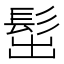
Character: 𩬢